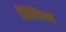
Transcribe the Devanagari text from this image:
दिविजा